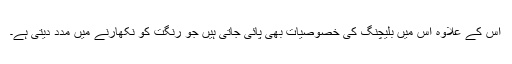
اِس کے علاوہ اس میں بلیچنگ کی خصوصیات بھی پائی جاتی ہیں جو رنگت کو نکھارنے میں مدد دیتی ہے۔